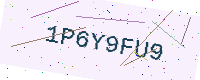
Text: 1P6Y9FU9